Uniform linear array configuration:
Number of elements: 24
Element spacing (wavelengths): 0.5
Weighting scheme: kaiser
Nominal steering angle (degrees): -45
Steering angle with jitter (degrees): -46.051
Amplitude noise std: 0.05
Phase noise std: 0.05

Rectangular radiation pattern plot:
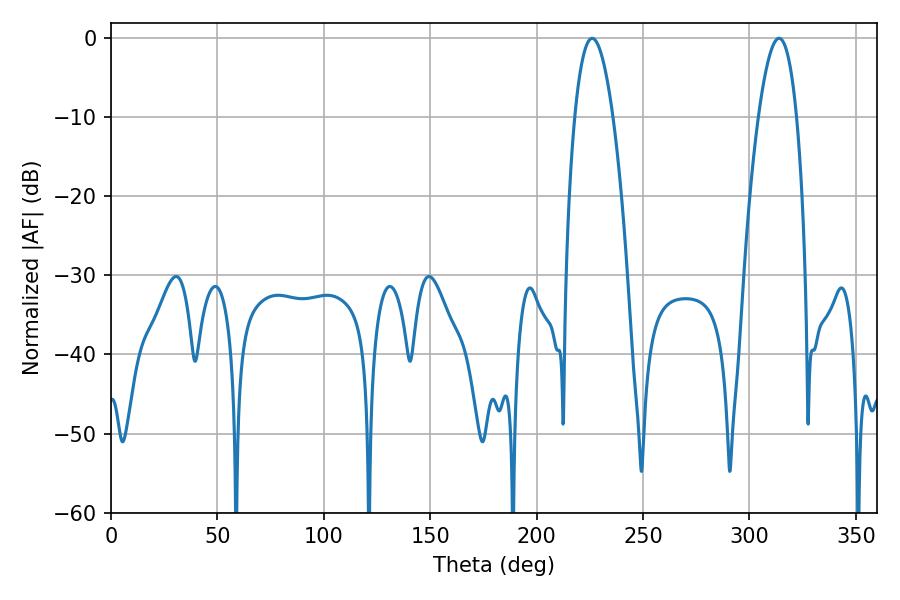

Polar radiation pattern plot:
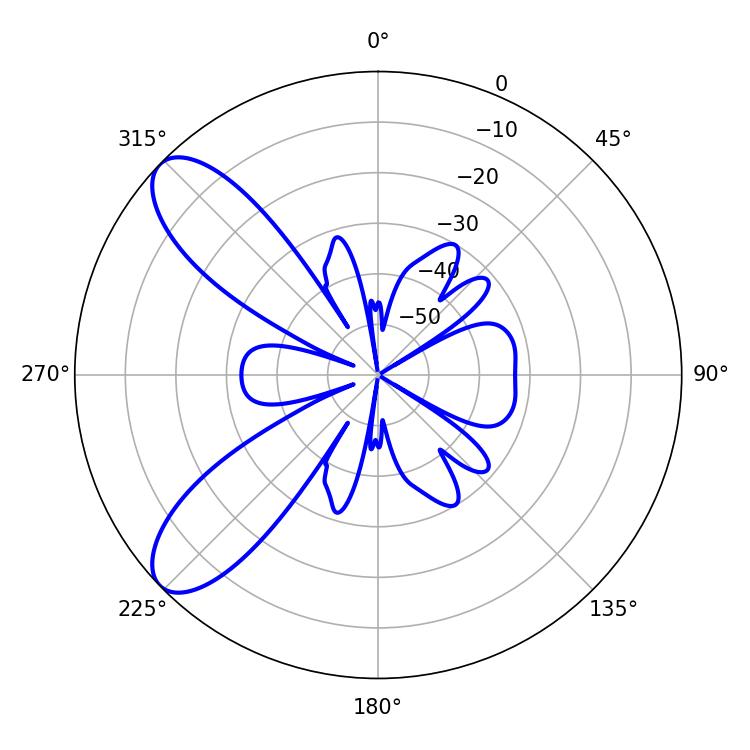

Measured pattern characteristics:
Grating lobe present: FALSE
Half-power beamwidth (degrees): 9.9
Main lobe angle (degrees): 226.08